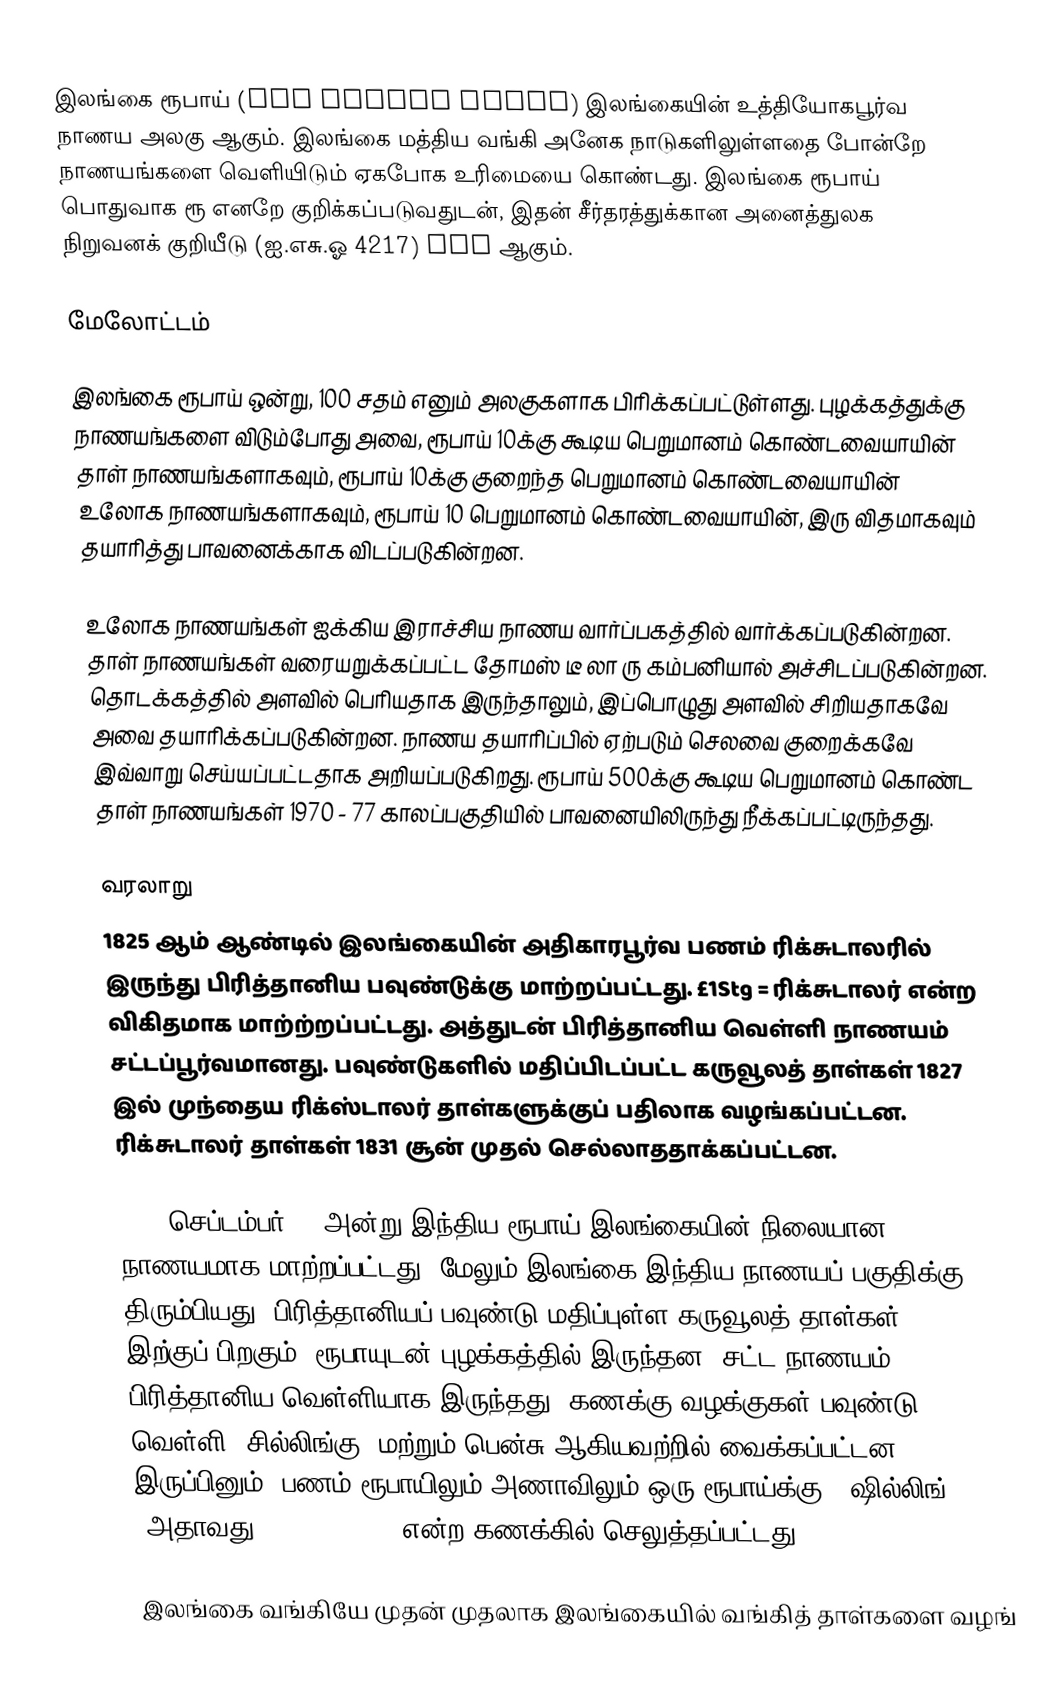
இலங்கை ரூபாய் (Sri Lankan Rupee) இலங்கையின் உத்தியோகபூர்வ நாணய அலகு ஆகும். இலங்கை மத்திய வங்கி அனேக நாடுகளிலுள்ளதை போன்றே நாணயங்களை வெளியிடும் ஏகபோக உரிமையை கொண்டது. இலங்கை ரூபாய் பொதுவாக ரூ எனறே குறிக்கப்படுவதுடன், இதன் சீர்தரத்துக்கான அனைத்துலக நிறுவனக் குறியீடு (ஐ.எசு.ஓ 4217) LKR ஆகும்.

மேலோட்டம்

இலங்கை ரூபாய் ஒன்று, 100 சதம் எனும் அலகுகளாக பிரிக்கப்பட்டுள்ளது. புழக்கத்துக்கு நாணயங்களை விடும்போது அவை, ரூபாய் 10க்கு கூடிய பெறுமானம் கொண்டவையாயின் தாள் நாணயங்களாகவும், ரூபாய் 10க்கு குறைந்த பெறுமானம் கொண்டவையாயின் உலோக நாணயங்களாகவும், ரூபாய் 10 பெறுமானம் கொண்டவையாயின், இரு விதமாகவும் தயாரித்து பாவனைக்காக விடப்படுகின்றன.

உலோக நாணயங்கள் ஐக்கிய இராச்சிய நாணய வார்ப்பகத்தில் வார்க்கப்படுகின்றன. தாள் நாணயங்கள் வரையறுக்கப்பட்ட தோமஸ் டீ லா ரு கம்பனியால் அச்சிடப்படுகின்றன. தொடக்கத்தில் அளவில் பெரியதாக இருந்தாலும், இப்பொழுது அளவில் சிறியதாகவே அவை தயாரிக்கப்படுகின்றன. நாணய தயாரிப்பில் ஏற்படும் செலவை குறைக்கவே இவ்வாறு செய்யப்பட்டதாக அறியப்படுகிறது. ரூபாய் 500க்கு கூடிய பெறுமானம் கொண்ட தாள் நாணயங்கள் 1970 - 77 காலப்பகுதியில் பாவனையிலிருந்து நீக்கப்பட்டிருந்தது.

வரலாறு
1825 ஆம் ஆண்டில் இலங்கையின் அதிகாரபூர்வ பணம் ரிக்சுடாலரில் இருந்து பிரித்தானிய பவுண்டுக்கு மாற்றப்பட்டது. £1Stg =  ரிக்சுடாலர் என்ற விகிதமாக மாற்ற்றப்பட்டது. அத்துடன் பிரித்தானிய வெள்ளி நாணயம் சட்டப்பூர்வமானது. பவுண்டுகளில் மதிப்பிடப்பட்ட கருவூலத் தாள்கள் 1827 இல் முந்தைய ரிக்ஸ்டாலர் தாள்களுக்குப் பதிலாக வழங்கப்பட்டன. ரிக்சுடாலர் தாள்கள் 1831 சூன் முதல் செல்லாததாக்கப்பட்டன.

1836 செப்டம்பர் 26 அன்று இந்திய ரூபாய் இலங்கையின் நிலையான நாணயமாக மாற்றப்பட்டது, மேலும் இலங்கை இந்திய நாணயப் பகுதிக்கு திரும்பியது. பிரித்தானியப் பவுண்டு மதிப்புள்ள கருவூலத் தாள்கள் 1836 இற்குப் பிறகும், ரூபாயுடன் புழக்கத்தில் இருந்தன. சட்ட நாணயம் பிரித்தானிய வெள்ளியாக இருந்தது, கணக்கு வழக்குகள் பவுண்டு, வெள்ளி (சில்லிங்கு) மற்றும் பென்சு ஆகியவற்றில் வைக்கப்பட்டன. இருப்பினும், பணம் ரூபாயிலும் அணாவிலும் ஒரு ரூபாய்க்கு 2 ஷில்லிங் (அதாவது £1Stg = ₨ 10) என்ற கணக்கில் செலுத்தப்பட்டது.

இலங்கை வங்கியே முதன் முதலாக இலங்கையில் வங்கித் தாள்களை வழங்